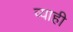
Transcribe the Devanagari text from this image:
व्‍याही